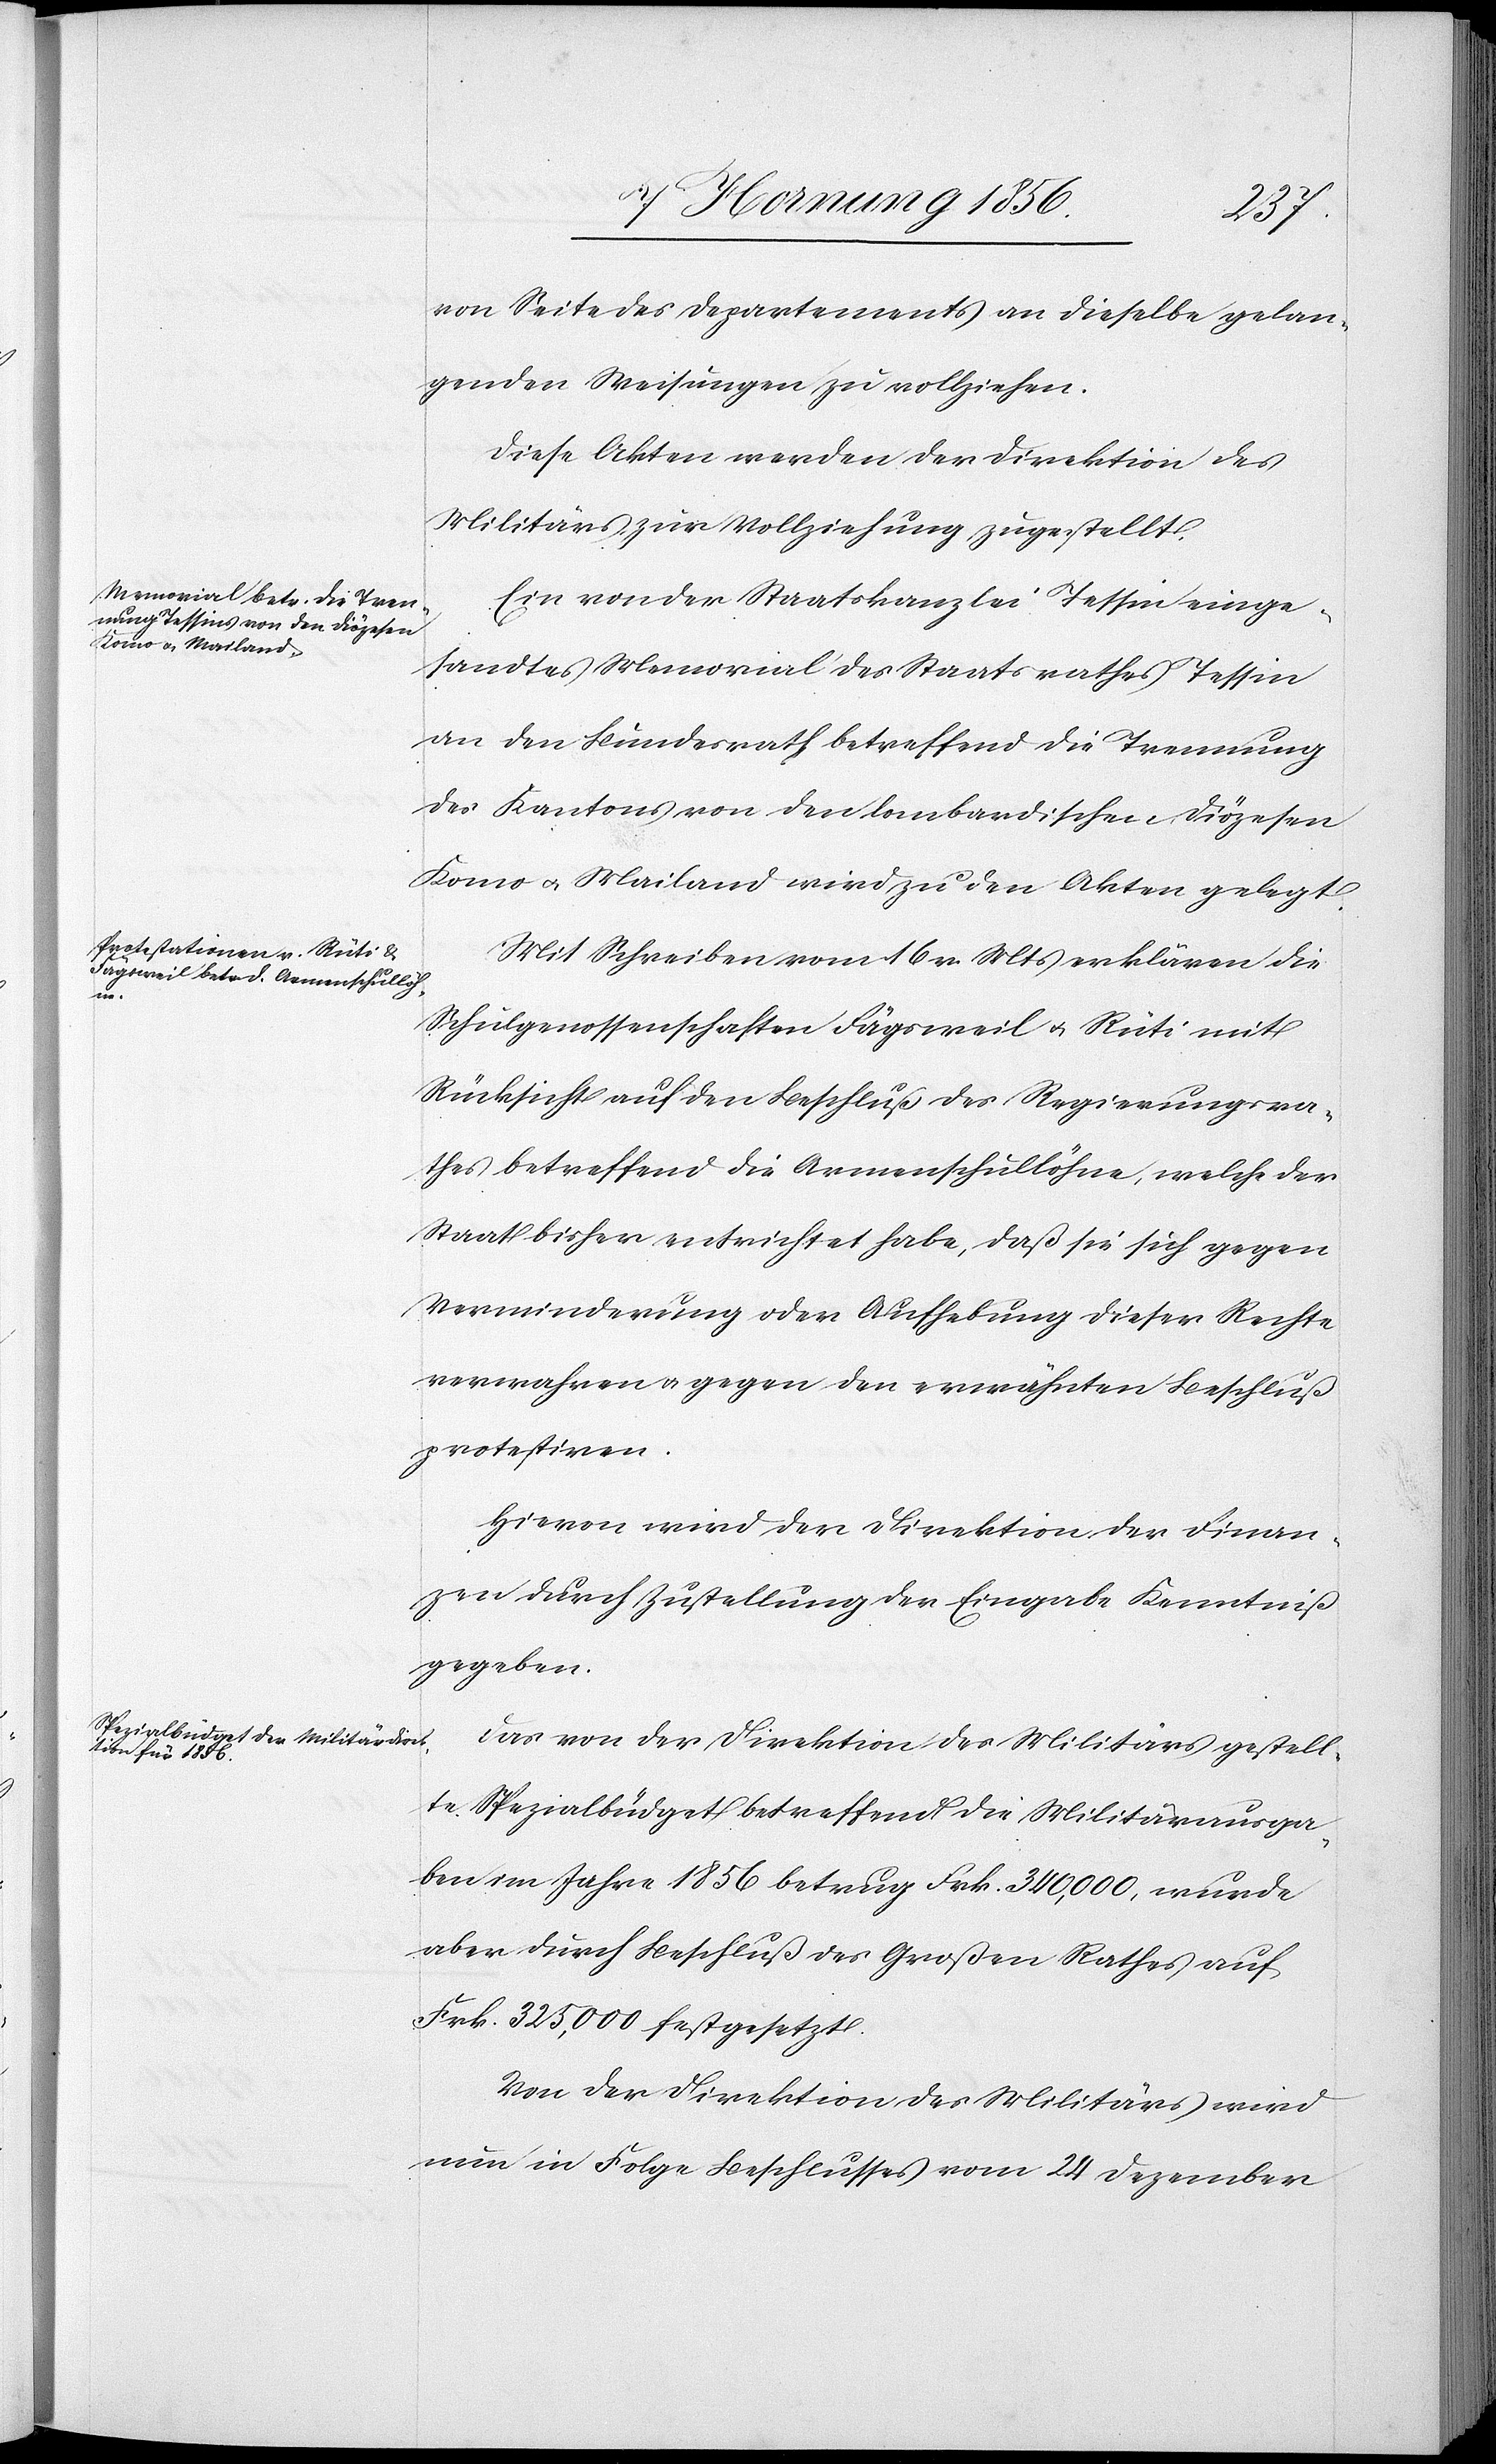
von Seite des Departements an dieselbe gelan¬
genden Weisungen zu vollziehen.
Diese Akten werden der Direktion des
Militärs zur Vollziehung zugestellt.
Ein von der Staatskanzlei Tessin einge¬
sandtes Memorial des Staatsrathes Tessin
an den Bundesrath betreffend die Trennung
des Kantons von den lombardischen Diözesen
Komo u. Mailand wird zu den Akten gelegt.
Mit Schreiben vom 16 v. Mts erklären die
Schulgenossenschaften Fägsweil u. Rüti mit
Rücksicht auf den Beschluß des Regierungsra¬
thes betreffend die Armenschullöhne, welche der
Staat bisher entrichtet habe, daß sie sich gegen
Verminderung oder Aufhebung dieser Rechte
verwahren u. gegen den erwähnten Beschluß
protestiren.
Hievon wird der Direktion der Finan¬
zen durch Zustellung der Eingabe Kenntniß
gegeben.
Das von der Direktion des Militärs gestell¬
te Spezialbüdget betreffend die Militärausga¬
ben im Jahre 1856 betrug Frk. 340,000, wurde
aber durch Beschluß des Großen Rathes auf
Frk. 325,000 festgesetzt.
Von der Direktion des Militärs wird
nun in Folge Beschlusses vom 24 Dezember